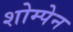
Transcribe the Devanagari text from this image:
शोम्पेन